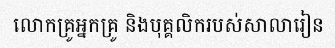
លោកគ្រូអ្នកគ្រូ និងបុគ្គលិករបស់សាលារៀន